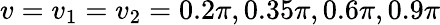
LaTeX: v=v_{1}=v_{2}=0.2\pi,0.35\pi,0.6\pi,0.9\pi